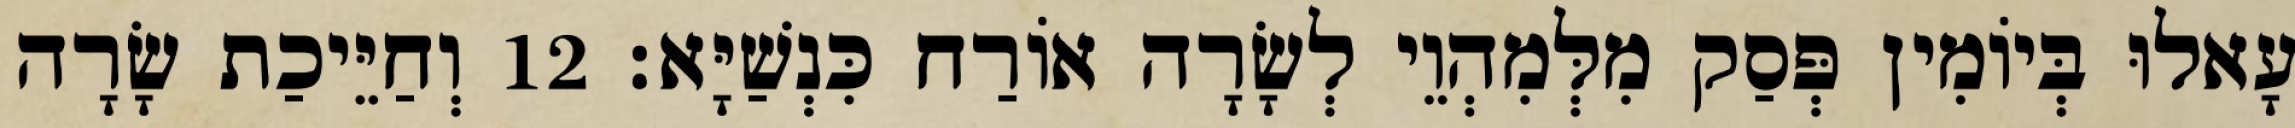
עָאלוּ בְּיוֹמִין פְּסַק מִלְּמִהְוֵי לְשָׂרָה אוֹרַח כִּנְשַׁיָּא׃ 12 וְחַיֵּיכַת שָׂרָה